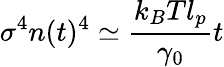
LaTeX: \sigma^{4}n(t)^{4}\simeq\frac{k_{B}Tl_{p}}{\gamma_{0}}t